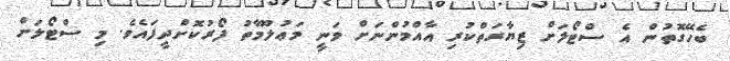
ބެހޭގޮތުން އެ ސްޓޯލަށް ޒިޔާރަތްކުރި އާއްމުންނަށް ވަނީ މަޢުލޫމާތު ފޯރުކޮށްދީފައެވެ. މި ސްޓޯލަށް